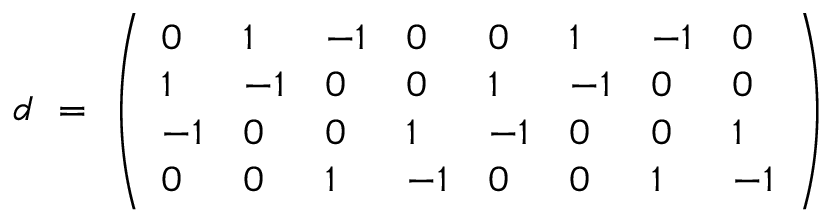
d ~ = ~ \left( \begin{array} { l l l l l l l l } { { 0 } } & { { 1 } } & { { - 1 } } & { { 0 } } & { { 0 } } & { { 1 } } & { { - 1 } } & { { 0 } } \\ { { 1 } } & { { - 1 } } & { { 0 } } & { { 0 } } & { { 1 } } & { { - 1 } } & { { 0 } } & { { 0 } } \\ { { - 1 } } & { { 0 } } & { { 0 } } & { { 1 } } & { { - 1 } } & { { 0 } } & { { 0 } } & { { 1 } } \\ { { 0 } } & { { 0 } } & { { 1 } } & { { - 1 } } & { { 0 } } & { { 0 } } & { { 1 } } & { { - 1 } } \end{array} \right)